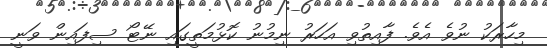
މިހާރަކު ނުވެ އެވެ. ފާއިތުވި އަހަރު ނިމުނު ކޮޅުމަތީގައި ނޭޓޯ ސިފައިން ވަނީ